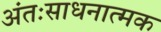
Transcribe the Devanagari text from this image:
अंतःसाधनात्मक